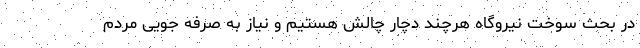
در بحث سوخت نیروگاه هرچند دچار چالش هستیم و نیاز به صرفه جویی مردم